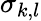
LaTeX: \sigma_{k,l}